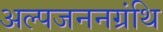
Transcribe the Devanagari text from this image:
अल्पजननग्रंथि